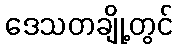
ဒေသတချို့တွင်